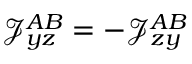
\mathcal { J } _ { y z } ^ { A B } = - \mathcal { J } _ { z y } ^ { A B }